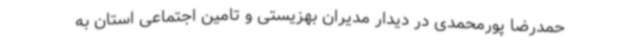
حمدرضا پورمحمدی در دیدار مدیران بهزیستی و تامین اجتماعی استان به